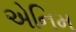
એનિમ